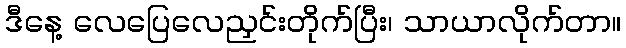
ဒီနေ့ လေပြေလေညှင်းတိုက်ပြီး၊ သာယာလိုက်တာ။